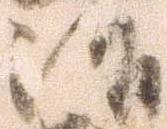
治